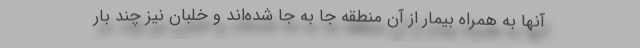
آنها به همراه بیمار از آن منطقه جا به جا شده‌اند و خلبان نیز چند بار